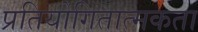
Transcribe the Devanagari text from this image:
प्रतियोगितात्मकता